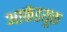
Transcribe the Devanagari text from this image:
आर्कडयूक